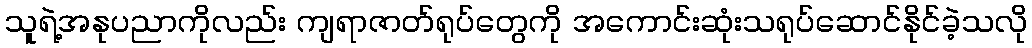
သူရဲ့အနုပညာကိုလည်း ကျရာဇာတ်ရုပ်တွေကို အကောင်းဆုံးသရုပ်ဆောင်နိုင်ခဲ့သလို